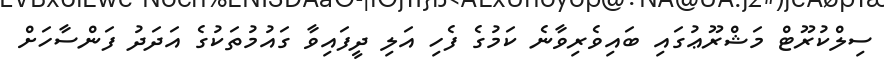
ސިލްކުރޫޓް މަޝްރޫޢުގައި ބައިވެރިވާނެ ކަމުގެ ފެހި އަލި ދީފައިވާ ގައުމުތަކުގެ އަދަދު ފަންސާހަށް